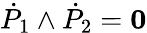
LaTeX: {\dot{P}}_{1}\wedge{\dot{P}}_{2}={\mathbf 0}